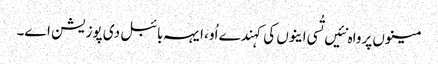
مینوں پرواہ نئیں تُسی اینوں کی کہندے اُو، ایہہ بائبل دی پوزیشن اے۔